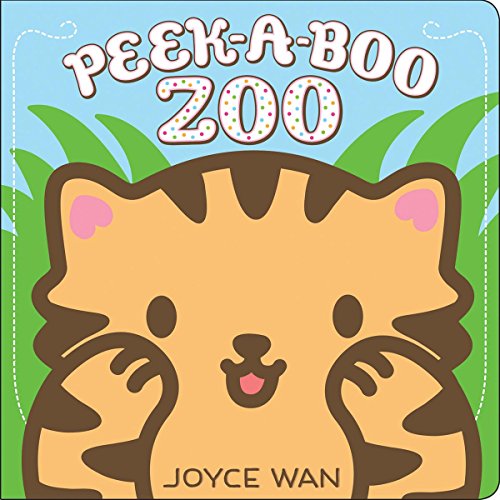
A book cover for Peek-a-Boo Zoo; Joyce Wan; Children's Books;